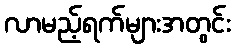
လာမည့်ရက်များအတွင်း